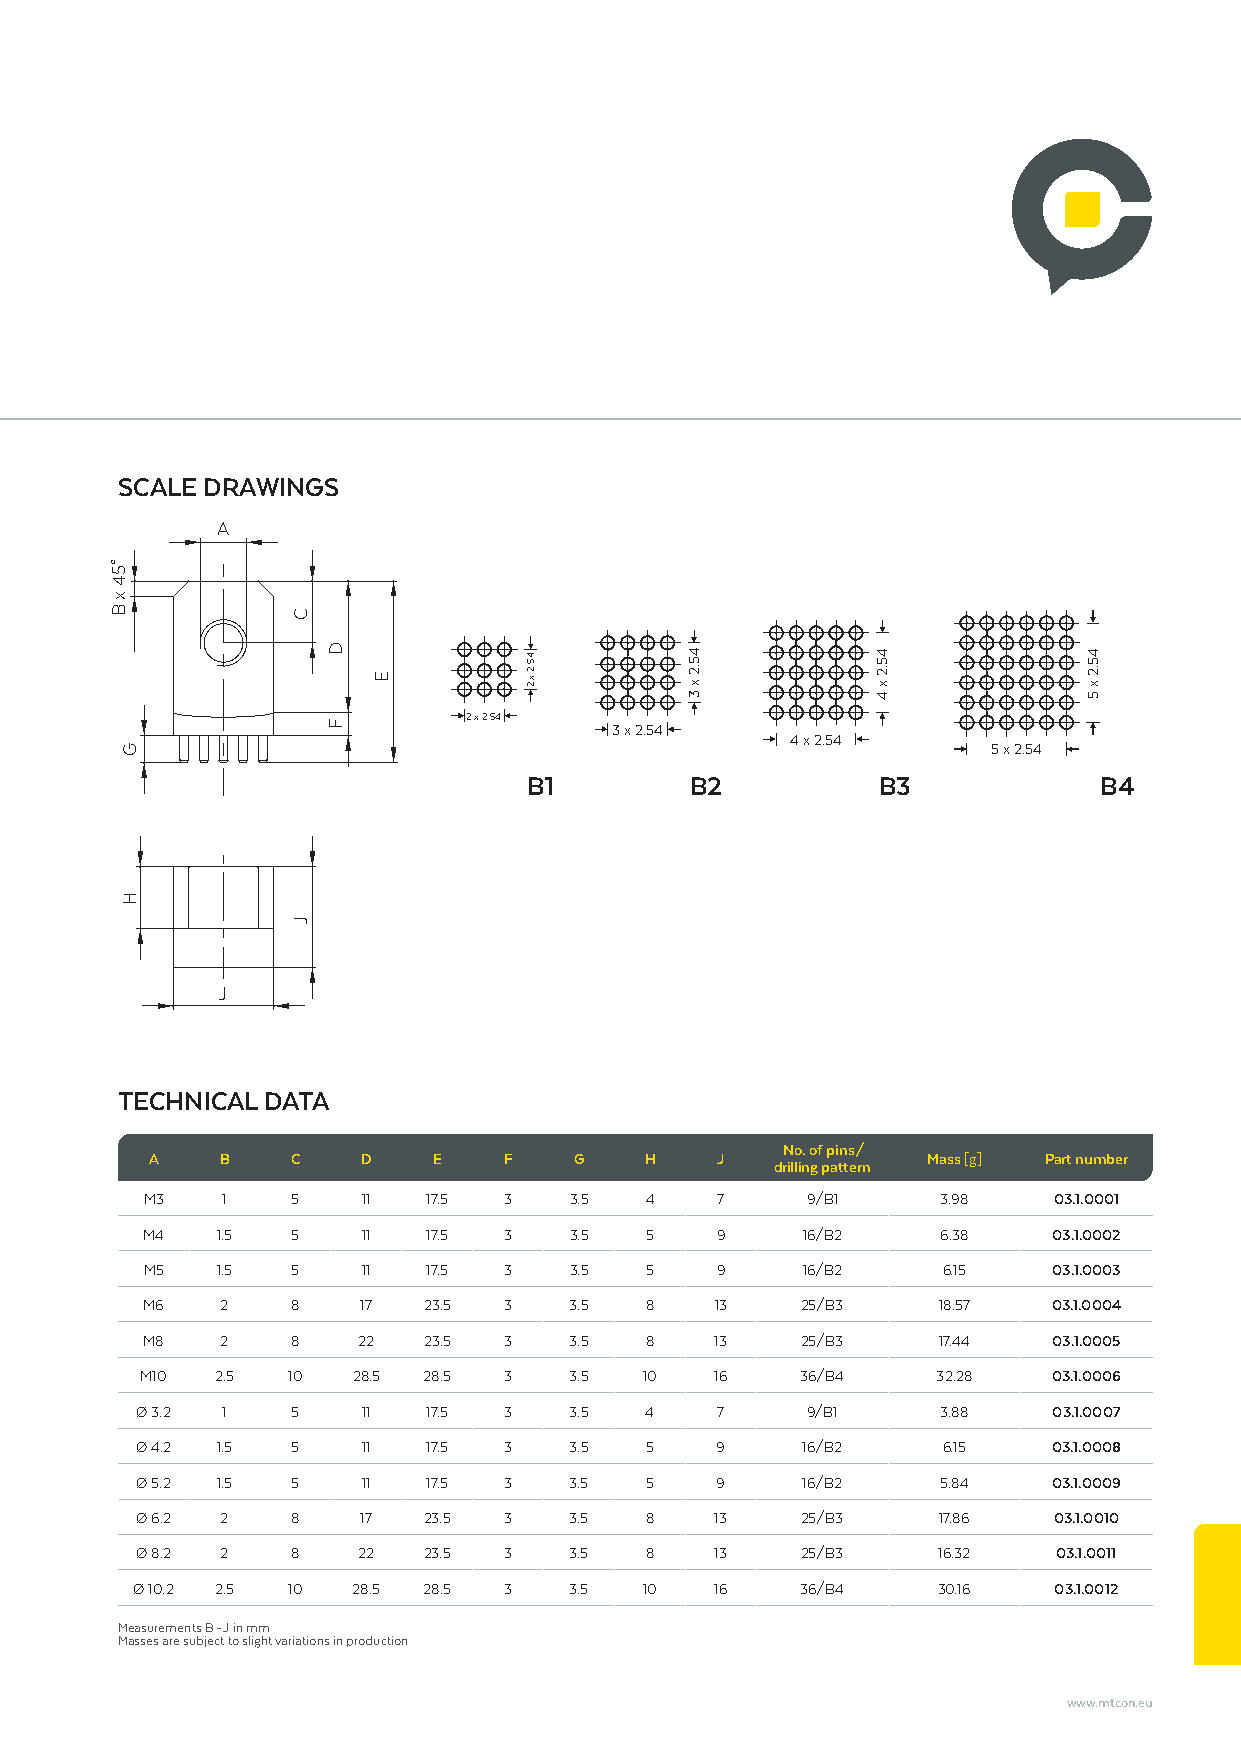
SCALE DRAWINGS
 A
 2 x 2.54
 3 x 2.54
 4 x 2.54
 5 x 2.54
 B1         B2          B3             B4
 J
 TECHNICAL DATA
 No. of pins/
 A    B   C    D    E   F    G    H   J             Mass [g] Part number
 drilling pattern
 M3    1   5    11  17.5 3    3.5  4   7     9/B1     3.98    03.1.0001
 M4   1.5  5    11  17.5 3    3.5  5   9     16/B2    6.38    03.1.0002
 M5  1.5  5    11  17.5 3    3.5  5   9     16/B2    6.15    03.1.0003
 M6    2   8    17  23.5 3    3.5  8   13    25/B3    18.57   03.1.0004
 M8    2   8    22  23.5 3    3.5  8   13    25/B3    17.44   03.1.0005
 M10  2.5  10  28.5 28.5 3    3.5  10  16    36/B4    32.28   03.1.0006
 Ø 3.2 1   5    11  17.5 3    3.5  4   7     9/B1     3.88    03.1.0007
 Ø 4.2 1.5 5    11  17.5 3    3.5  5   9     16/B2    6.15    03.1.0008
 Ø 5.2 1.5 5    11  17.5 3    3.5  5   9     16/B2    5.84    03.1.0009
 Ø 6.2 2   8    17  23.5 3    3.5  8   13    25/B3    17.86   03.1.0010
 Ø 8.2 2   8    22  23.5 3    3.5  8   13    25/B3    16.32   03.1.0011
 Ø 10.2 2.5 10 28.5 28.5 3    3.5  10  16    36/B4    30.16   03.1.0012
 Measurements B - J in mm
 Masses are subject to slight variations in production
 www.mtcon.eu
 °54
 x
 B
 G
 H
 C
 J
 D
 F
 E
 45.2
 x 2
 45.2
 x
 3
 45.2
 x
 4
 45.2
 x
 5